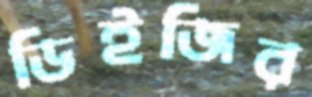
ডিইজির